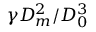
\gamma D _ { m } ^ { 2 } / D _ { 0 } ^ { 3 }